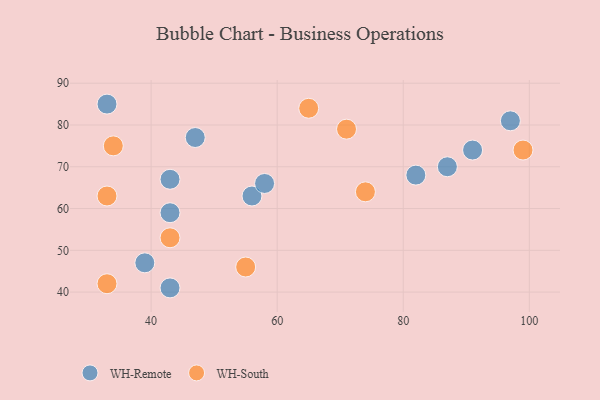
{"axis": {"x": "GDP", "y": "Life Expectancy"}, "legend": ["WH-Remote", "WH-South"], "data": [{"x": "43", "y": 67, "type": "WH-Remote"}, {"x": "33", "y": 85, "type": "WH-Remote"}, {"x": "47", "y": 77, "type": "WH-Remote"}, {"x": "91", "y": 74, "type": "WH-Remote"}, {"x": "43", "y": 59, "type": "WH-Remote"}, {"x": "82", "y": 68, "type": "WH-Remote"}, {"x": "43", "y": 41, "type": "WH-Remote"}, {"x": "87", "y": 70, "type": "WH-Remote"}, {"x": "39", "y": 47, "type": "WH-Remote"}, {"x": "56", "y": 63, "type": "WH-Remote"}, {"x": "97", "y": 81, "type": "WH-Remote"}, {"x": "58", "y": 66, "type": "WH-Remote"}, {"x": "33", "y": 42, "type": "WH-South"}, {"x": "71", "y": 79, "type": "WH-South"}, {"x": "34", "y": 75, "type": "WH-South"}, {"x": "74", "y": 64, "type": "WH-South"}, {"x": "65", "y": 84, "type": "WH-South"}, {"x": "99", "y": 74, "type": "WH-South"}, {"x": "33", "y": 63, "type": "WH-South"}, {"x": "43", "y": 53, "type": "WH-South"}, {"x": "55", "y": 46, "type": "WH-South"}]}